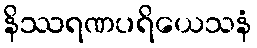
နိဿရဏပရိယေသနံ